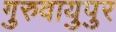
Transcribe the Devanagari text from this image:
गुरुवायुपुर